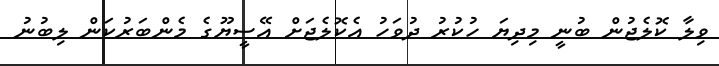
ވިލާ ކޮލެޖުން ބުނީ މިދިޔަ ހުކުރު ދުވަަހު އެކޮލެޖަށް އޭސީޔޫގެ މެންބަރުކަން ލިބުނު